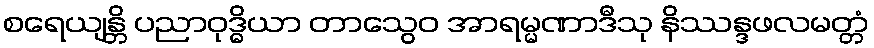
စရေယျန္တိ ပညာဝုဒ္ဓိယာ တာသွေဝ အာရမ္မဏာဒီသု နိဿန္ဒဖလမတ္တံ